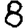
Digit: 8